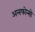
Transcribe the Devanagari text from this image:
अलफोन्सो